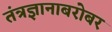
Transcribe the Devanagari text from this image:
तंत्रज्ञानाबरोबर